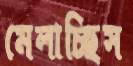
মেলাচ্ছিস